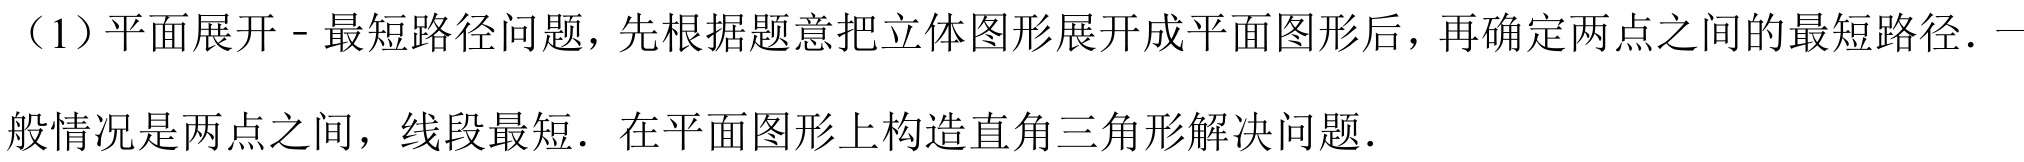
（1）平面展开 - 最短路径问题，先根据题意把立体图形展开成平面图形后，再确定两点之间的最短路径. 一般情况是两点之间，线段最短. 在平面图形上构造直角三角形解决问题.